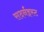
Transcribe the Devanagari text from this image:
सदर्नइस्ट